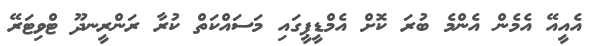
އެއީއޭ އެމެން އެންމެ ބުރަ ކޮށް އެމްޑީޕީގައި މަސައްކަތް ކުރާ ރަންރީނދޫ ޓްވިޓަރޭ